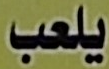
يلعب